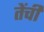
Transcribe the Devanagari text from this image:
तेंची